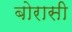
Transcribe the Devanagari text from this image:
बोरासी